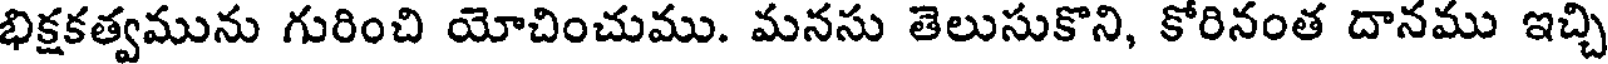
భిక్షకత్వమును గురించి యోచించుము. మనసు తెలుసుకొని, కోరినంత దానము ఇచ్చి